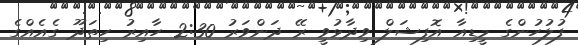
ފުލުހުންގެ މީޑިއާ އޮފިޝަލް ވިދާޅުވީ ރޭ ދަންވަރު 2:30 ހާއިރު ހިތަދޫ ގެއެއްގެ